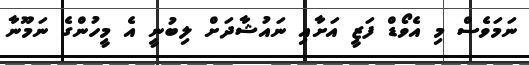
ނަމަވެސް މި އެވޯޑް ފަޒީ އަށާއި ނައުޝާދަށް ލިބުނީ އެ މީހުންގެ ނަމޫނާ